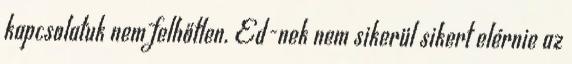
kapcsolatuk nem felhőtlen. Ed-nek nem sikerül sikert elérnie az